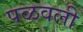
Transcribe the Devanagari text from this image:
पळवली